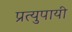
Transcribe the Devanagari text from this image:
प्रत्युपायी